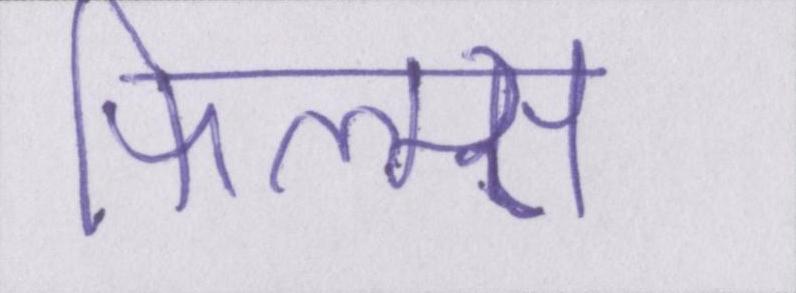
फिल्म्स